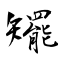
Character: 矲